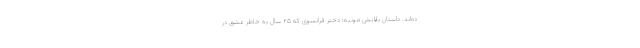
ده‌اند. داستان بلانش مونیه؛ دختر فرانسوی که ۲۵ سال به خاطر عشق در